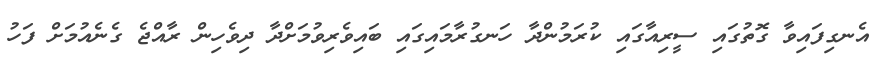
އެނގިފައިވާ ގޮތުގައި ސީރިއާގައި ކުރަމުންދާ ހަނގުރާމައިގައި ބައިވެރިވުމަށްދާ ދިވެހިން ރާއްޖެ ގެނެއުމަށް ފަހު